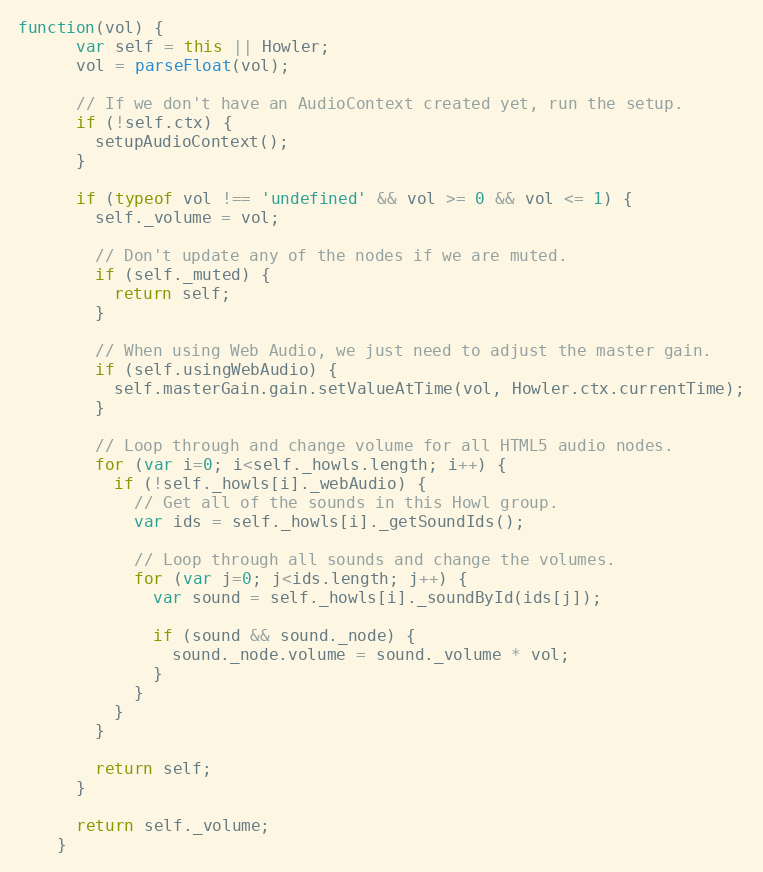
Language: JavaScript
function(vol) {
      var self = this || Howler;
      vol = parseFloat(vol);

      // If we don't have an AudioContext created yet, run the setup.
      if (!self.ctx) {
        setupAudioContext();
      }

      if (typeof vol !== 'undefined' && vol >= 0 && vol <= 1) {
        self._volume = vol;

        // Don't update any of the nodes if we are muted.
        if (self._muted) {
          return self;
        }

        // When using Web Audio, we just need to adjust the master gain.
        if (self.usingWebAudio) {
          self.masterGain.gain.setValueAtTime(vol, Howler.ctx.currentTime);
        }

        // Loop through and change volume for all HTML5 audio nodes.
        for (var i=0; i<self._howls.length; i++) {
          if (!self._howls[i]._webAudio) {
            // Get all of the sounds in this Howl group.
            var ids = self._howls[i]._getSoundIds();

            // Loop through all sounds and change the volumes.
            for (var j=0; j<ids.length; j++) {
              var sound = self._howls[i]._soundById(ids[j]);

              if (sound && sound._node) {
                sound._node.volume = sound._volume * vol;
              }
            }
          }
        }

        return self;
      }

      return self._volume;
    }